Civil Veterinary Dept. Bombay admin report 1907-1913 - 1907-1913
Year: 1907
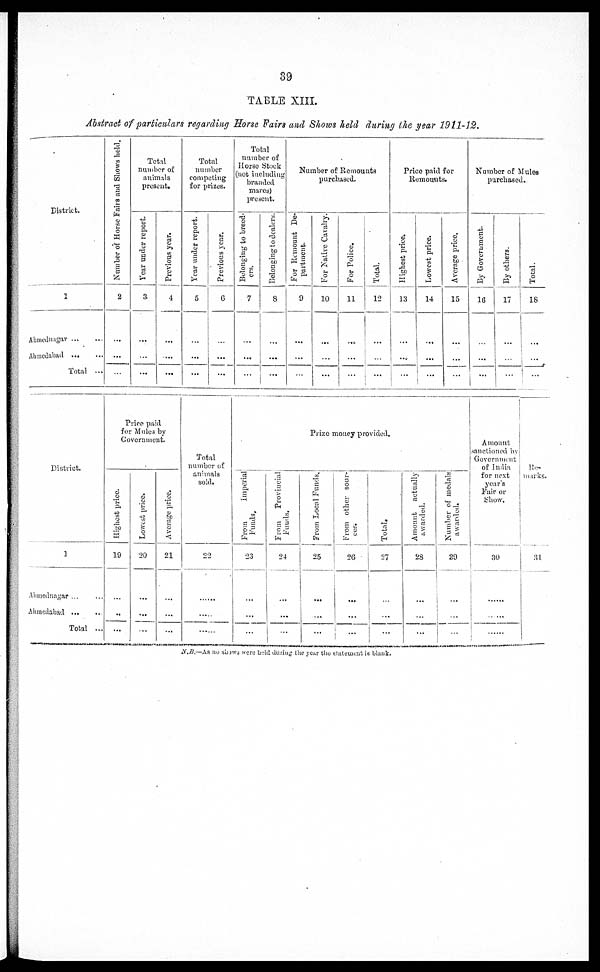
39
TABLE XIII.
Abstract of particulars regarding Bone Fairs and Shows held during the year 1911-12.
District.
1
Ahmednagar ... ...
Ahmedabad ... ...
Total ...
Number of Horse Fairs and Shows held.
2
...
...
...
Total
number of
animals
present.
Year under report.
3
...
...
...
Previous year.
4
...
...
...
Total
number
competing
for prizes.
Year under report.
5
...
...
...
Previous year.
6
...
...
...
Total
number of
Horse Stock
(not including
branded
mares)
present.
Belonging to breed-
ers.
7
...
...
...
Belonging to dealers.
8
...
...
...
Number of Remounts
purchased.
For Remount De-
partment.
9
...
...
...
For Native Cavalry.
10
...
...
...
For Police.
11
...
...
...
Total.
12
...
...
...
Price paid for
Remounts.
Highest price.
13
...
...
...
Lowest price.
14
...
...
...
Average price.
15
...
...
...
Number of Mules
purchased.
By Government.
16
...
...
...
By others.
17
...
...
...
Total.
18
...
...
...
District.
1
Ahmednagar ... ...
Ahmedabad ... ...
Total ...
Price paid
for Mules by
Government.
Highest price.
19
...
...
...
Lowest price.
20
...
...
...
Average price.
21
...
...
...
Total
number of
animals
sold.
22
......
......
......
Prize money provided.
From
Imperial
Funds.
23
...
...
...
From
Provincial
Funds.
24
...
...
...
From Local Funds.
25
...
...
...
From other sour-
ces.
26
...
...
...
Total.
27
...
...
...
Amount actually
awarded.
28
...
...
...
Number of medals
awarded.
29
...
...
...
Amount
sanctioned by
Government
of India
for next
year's
Fair or
Show.
30
......
......
......
Re-
marks.
31
N.B.—As no shows were held during the year the statement is blank.